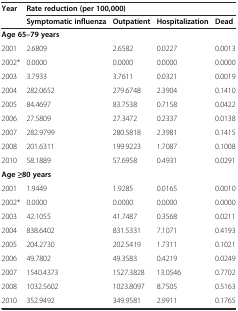
| Year | <COLSPAN=4> Rate reduction (per 100,000) |
 |  | Symptomatic influenza | Outpatient | Hospitalization | Dead |
 | --- | --- | --- | --- | --- |
 | <COLSPAN=5> Age 65–79 years |
 | 2001 | 2.6809 | 2.6582 | 0.0227 | 0.0013 |
 | 2002* | 0.0000 | 0.0000 | 0.0000 | 0.0000 |
 | 2003 | 3.7933 | 3.7611 | 0.0321 | 0.0019 |
 | 2004 | 282.0652 | 279.6748 | 2.3904 | 0.1410 |
 | 2005 | 84.4697 | 83.7538 | 0.7158 | 0.0422 |
 | 2006 | 27.5809 | 27.3472 | 0.2337 | 0.0138 |
 | 2007 | 282.9799 | 280.5818 | 2.3981 | 0.1415 |
 | 2008 | 201.6311 | 199.9223 | 1.7087 | 0.1008 |
 | 2010 | 58.1889 | 57.6958 | 0.4931 | 0.0291 |
 | <COLSPAN=5> Age ≥80 years |
 | 2001 | 1.9449 | 1.9285 | 0.0165 | 0.0010 |
 | 2002* | 0.0000 | 0.0000 | 0.0000 | 0.0000 |
 | 2003 | 42.1055 | 41.7487 | 0.3568 | 0.0211 |
 | 2004 | 838.6402 | 831.5331 | 7.1071 | 0.4193 |
 | 2005 | 204.2730 | 202.5419 | 1.7311 | 0.1021 |
 | 2006 | 49.7802 | 49.3583 | 0.4219 | 0.0249 |
 | 2007 | 1540.4373 | 1527.3828 | 13.0546 | 0.7702 |
 | 2008 | 1032.5602 | 1023.8097 | 8.7505 | 0.5163 |
 | 2010 | 352.9492 | 349.9581 | 2.9911 | 0.1765 |